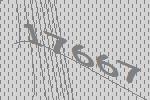
17667